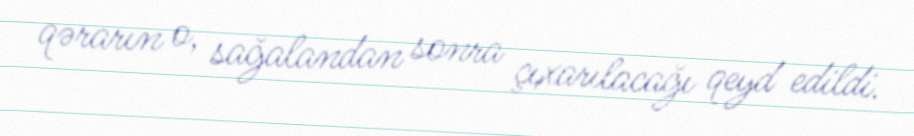
qərarın o, sağalandan sonra çıxarılacağı qeyd edildi.